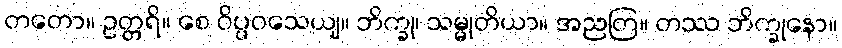
တတော။ ဥတ္တရိ။ စေ ဝိပ္ပဝသေယျ။ ဘိက္ခု၊ သမ္မုတိယာ။ အညတြ။ တဿ ဘိက္ခုနော။